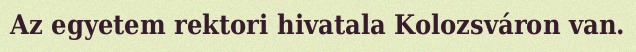
Az egyetem rektori hivatala Kolozsváron van.